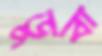
ডুবা